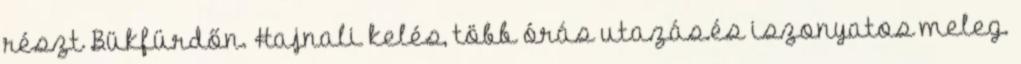
részt Bükfürdőn. Hajnali kelés, több órás utazás.és iszonyatos meleg.